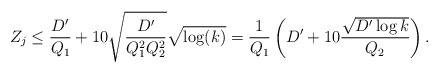
\begin{align*}Z_j \leq \frac{D'}{Q_1} + 10 \sqrt{\frac{D'}{Q_1^2Q_2^2}} \sqrt{\log(k)} = \frac{1}{Q_1}\left( D' + 10\frac{\sqrt{D' \log k}}{Q_2} \right).\end{align*}